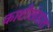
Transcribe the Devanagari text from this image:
काशीखंडांत